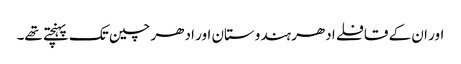
اور ان کے قافلے ادھر ہندوستان اور ادھر چین تک پہنچتے تھے۔